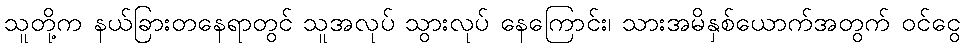
သူတို့က နယ်ခြားတနေရာတွင် သူအလုပ် သွားလုပ် နေကြောင်း၊ သားအမိနှစ်ယောက်အတွက် ဝင်ငွေ